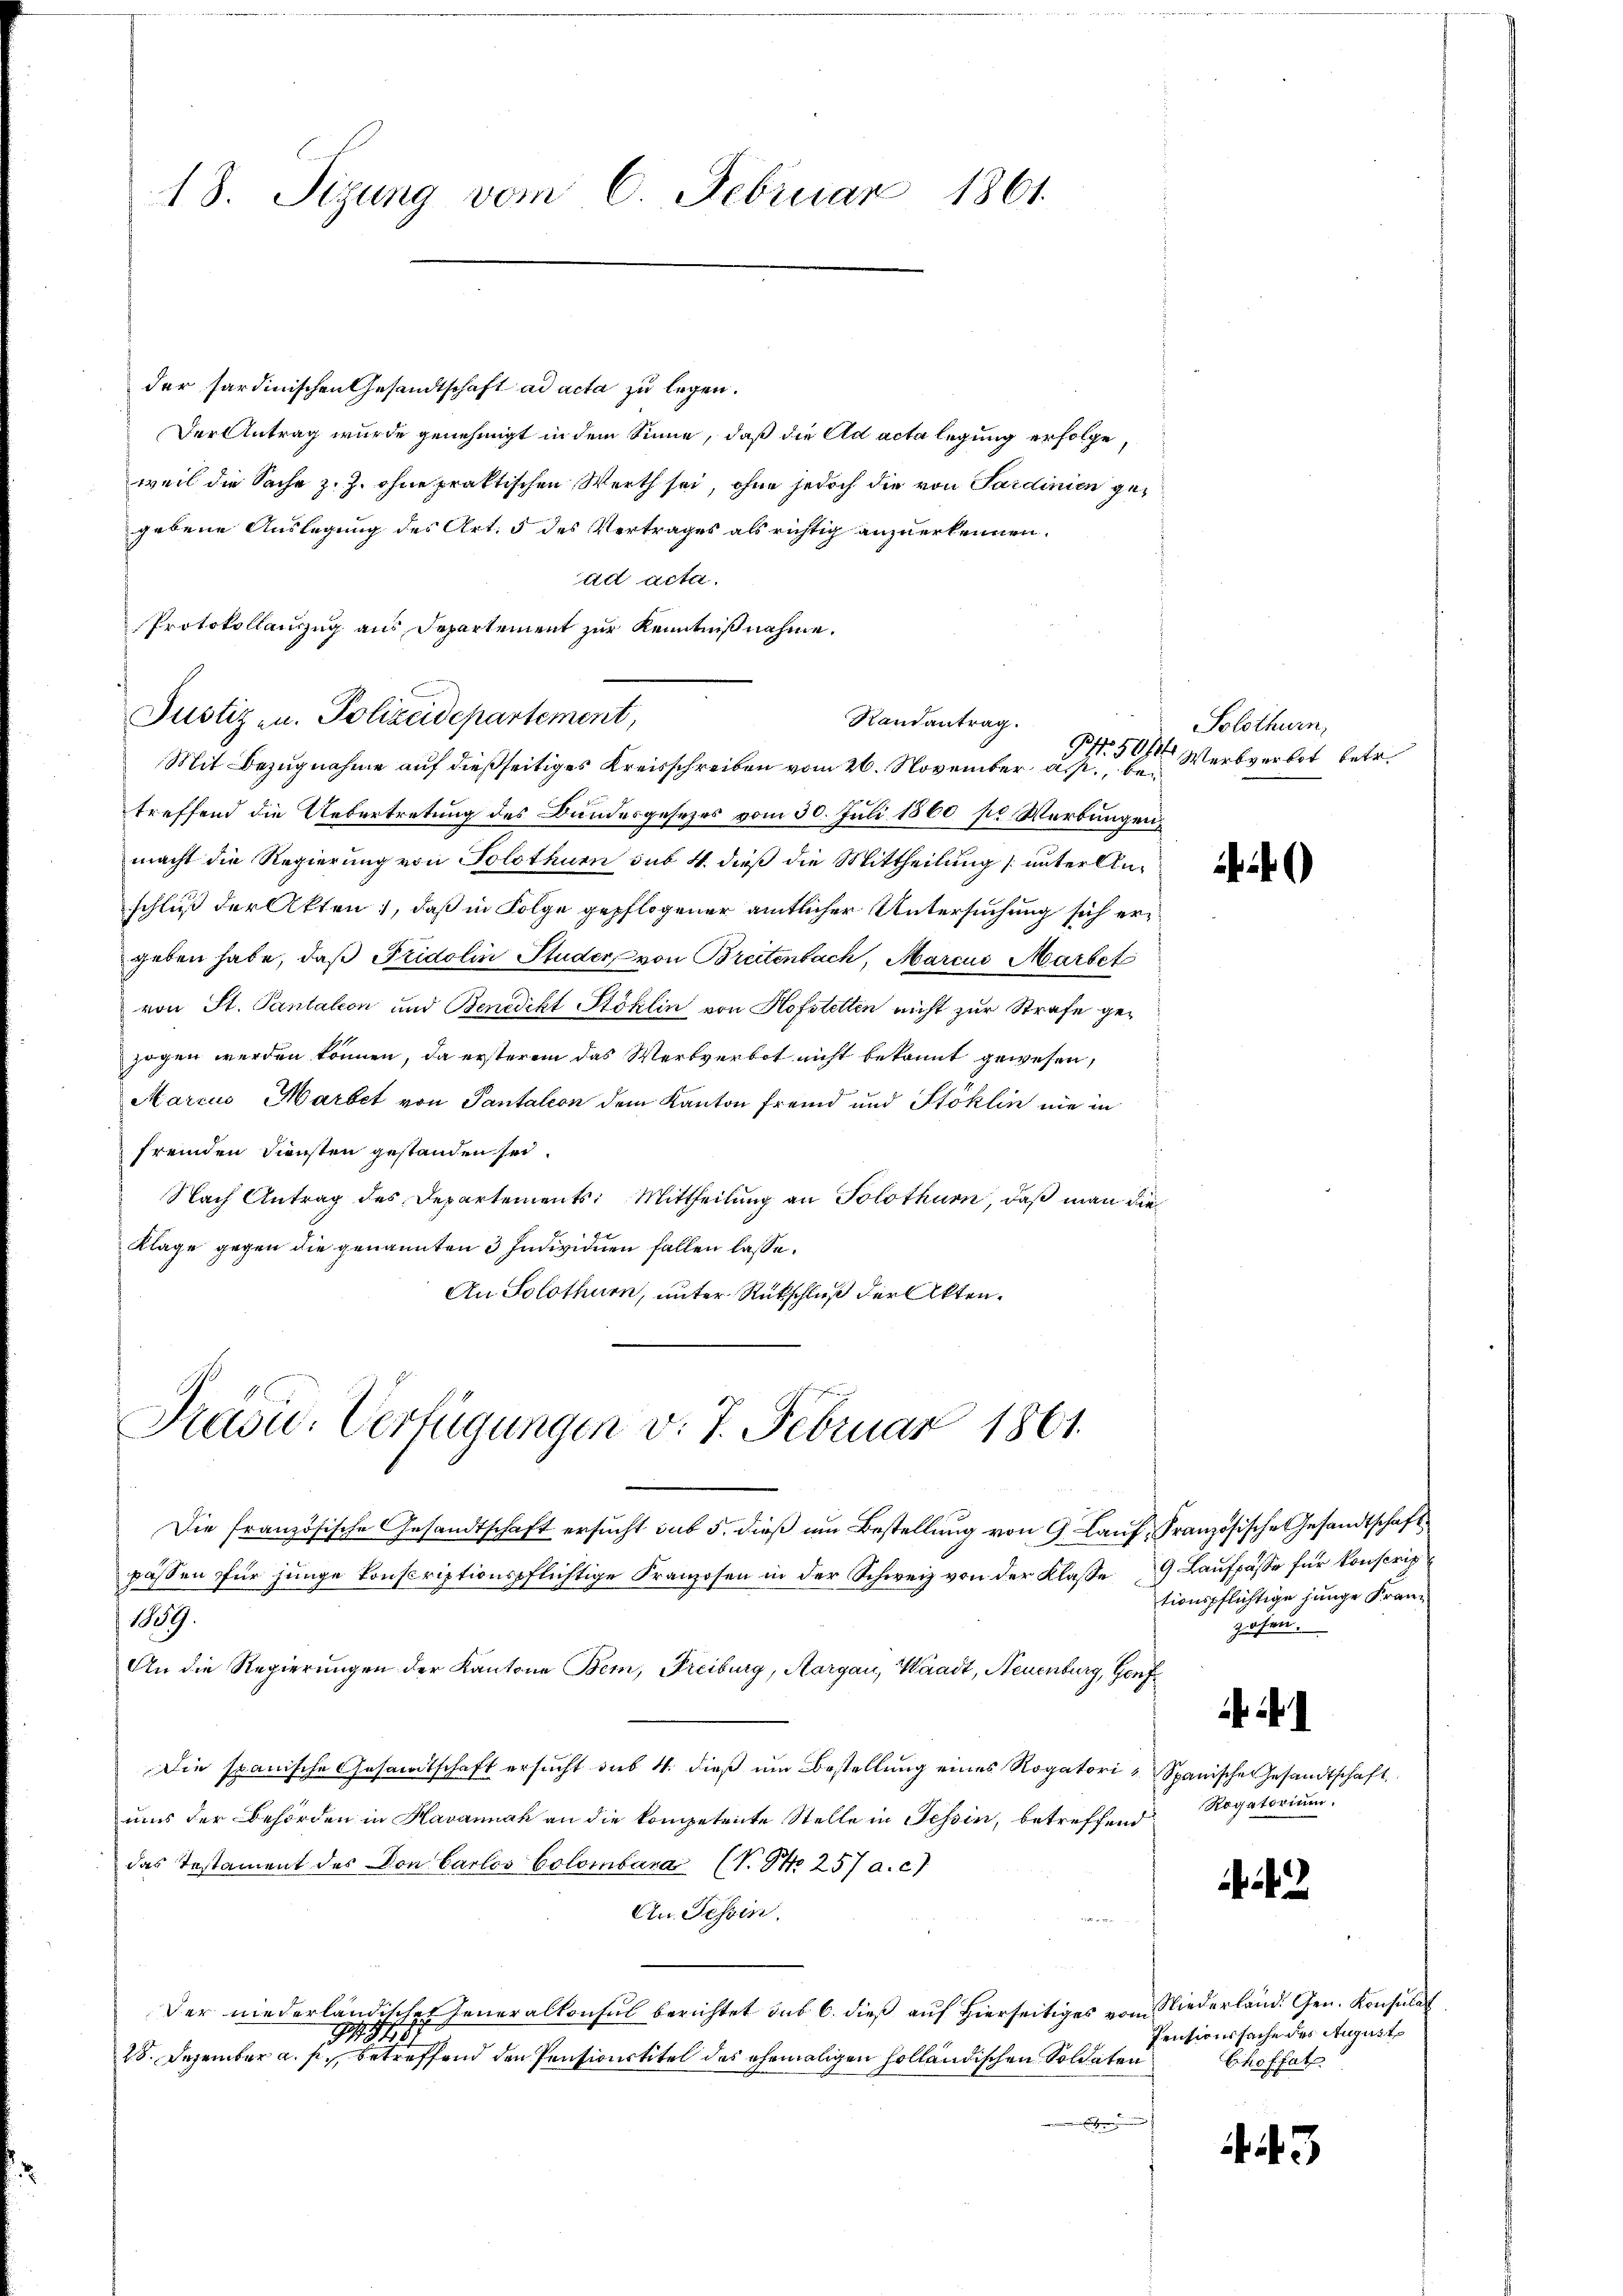
18. Sizung vom 6. Februar 1861.

der sardinischen Gesandtschaft ad acta zu legen.
Der Antrag wurde genehmigt in dem Sinne, daß die Ad acta legung erfolge,
weil die Sache z. Z. ohne praktischen Werth sei, ohne jedoch die von Sardinien gegebene Auslegung des Art. 5 des Vertrages als richtig anzuerkennen.
ad acta.
Protokollauszug aus Departement zur Kenntnißnahme.
Mit Bezugnahme auf dießseitiges Kreisschreiben vom 26. November a., betreffend die Uebertretung des Bundesgesezes vom 30. Juli 1860 po Werbungen,
macht die Regierung von Solothurn sub 4. dieß die Mittheilung (unterlinschluß der Akten, daß in Folge gepflogener amtlicher Untersuchung sich ergeben habe, daß Fridolin Studer von Breitenbach, Marcus Martet
von St. Pantation und Benedikt Stoklin von Hofstelten nicht zur Strafe gezogen werden können, da ersterem das Wertverbot nicht bekannt gewesen,
Marcus Hartet von Pantalion dem Kanton Fremd und Stoklin nie in
fremden Diensten gestanden sei.
Nach Antrag des Departements: Mittheilung an Solothurn, daß man die
k
Klage gegen die genannten 3 Individuen fallen lasse.
An Solothurn, unter Rückschluß der Akten¬

Justiz- u. Polizeidepartement,

Präsid. Verfügungen v. 7. Februar 1861.

Randantrag.

Die französische Gesandtschaft ersucht sub 5. dieß um Bestellung von 9 Lauf, Französische Gesandtschaft
passen für jünge konscriptionspflichtige Franzosen in der Schweiz von der Klasse 9 Laŭfpässe für konscrip
1889.
An die Regierungen der Kantone Bem, Freiburg, Aargau, Waadt, Neuenburg, Genf
Die spanische Gesamtschaft ersucht das 4. dieß ein Bestellung eines Rogatori Spanischen Gesandtschaft
uns der Behörden in Havannak an die kompetente Stelle in Tessin, betreffend
das Testament des Don Carlos Colombara (V. No 257 a. c.)
An. Tessin.
Der niederländisches Generalkonsul berichtet sub 6. dieß auf hierseitiges vom Niederland. Gen. Konsulat
87
28. Dezember a. p. betreffend den Pensionstitel des ehemaligen holländischen Soldaten
e

Solothurn,
PNr. 504 Werbverbot betr.

)

tionspflichtige junge Franzosen.

Rogatorium.

,

Pensionssache des August
Choffat

43